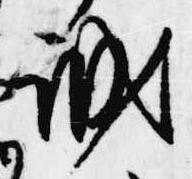
誠